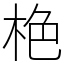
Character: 栬